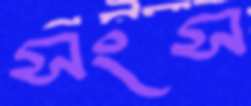
সংস